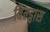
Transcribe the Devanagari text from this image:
बिल्ड्वास